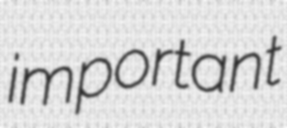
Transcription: important